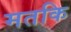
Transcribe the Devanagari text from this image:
मतकि